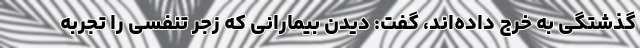
گذشتگی به خرج داده‌اند، گفت: دیدن بیمارانی که زجر تنفسی را تجربه